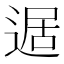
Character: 𲅥